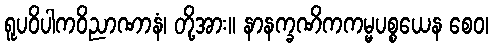
ရူပဝိပါကဝိညာဏာနံ၊ တို့အား။ နာနက္ခဏိကကမ္မပစ္စယေန စေဝ၊